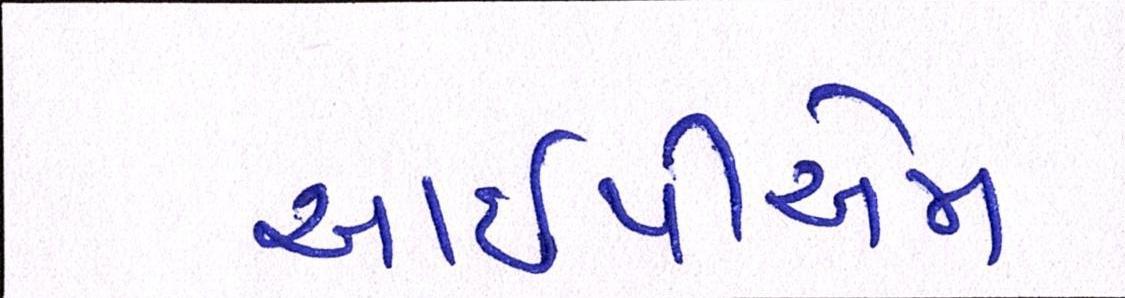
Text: આઇપીએમ